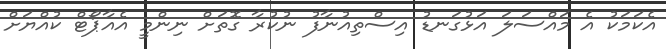
އެކަމަކު އެ މައްސަލަ އަޅުގަނޑު އިސްތިއުނާފު ނުކުރާ ގޮތަށް ނިންމީ އެއާޕޯޓް ކުއްޔަށް